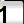
Digit: 1